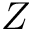
Z